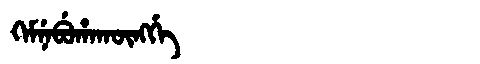
Manchu: ᡴᡝᠮᠨᡝᠪᡠᡥᠠᡴᡡᠩᡤᡝ
Romanization: KEMNEBUHAKŪNGGE